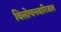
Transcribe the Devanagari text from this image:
विलोचनवारिजात